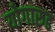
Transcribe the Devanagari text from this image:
योगारुढ